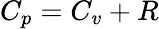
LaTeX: C_{p}=C_{v}+R